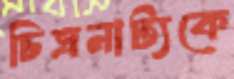
চিত্রনাট্যকে